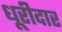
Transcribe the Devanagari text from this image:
धूरीदार